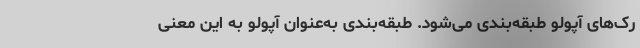
رک‌های آپولو طبقه‌بندی می‌شود. طبقه‌بندی به‌عنوان آپولو به این معنی